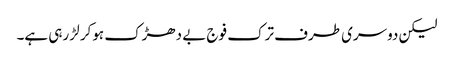
لیکن دوسری طرف ترک فوج بے دھڑک ہوکر لڑ رہی ہے۔